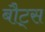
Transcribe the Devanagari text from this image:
बौट्स